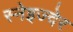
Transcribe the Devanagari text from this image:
स्नेइज्देर